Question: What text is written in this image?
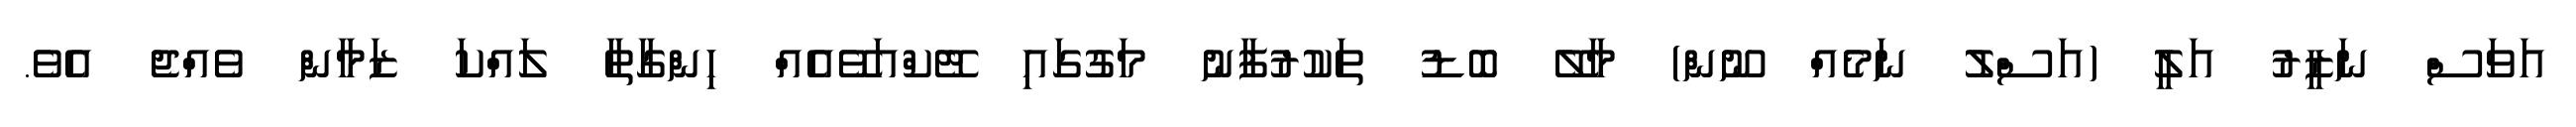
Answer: އަވަސް ނަޒީރު އަލީ (އަސްލު ނަމެއް ނޫން) މާލޭ ބޮޑު ތަކުރުފާނު މަގުގައި ޓޭކްއަވޭއެއް ހިންގާތާ ލައްކަ ޒަމާން ވެއްޖެ އެވެ.